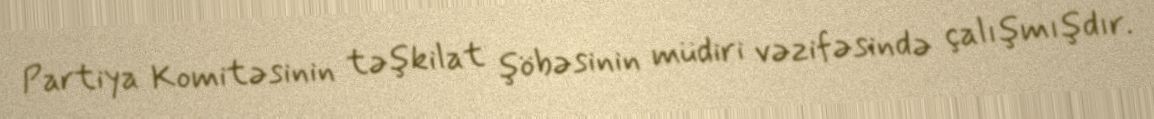
Partiya Komitəsinin təşkilat şöbəsinin müdiri vəzifəsində çalışmışdır.